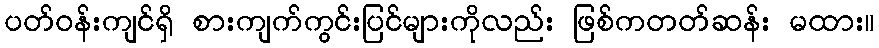
ပတ်ဝန်းကျင်ရှိ စားကျက်ကွင်းပြင်များကိုလည်း ဖြစ်ကတတ်ဆန်း မထား။